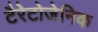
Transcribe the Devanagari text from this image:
टैरेटोजेनिक